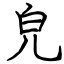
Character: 皃